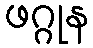
ဖဂ္ဂုန